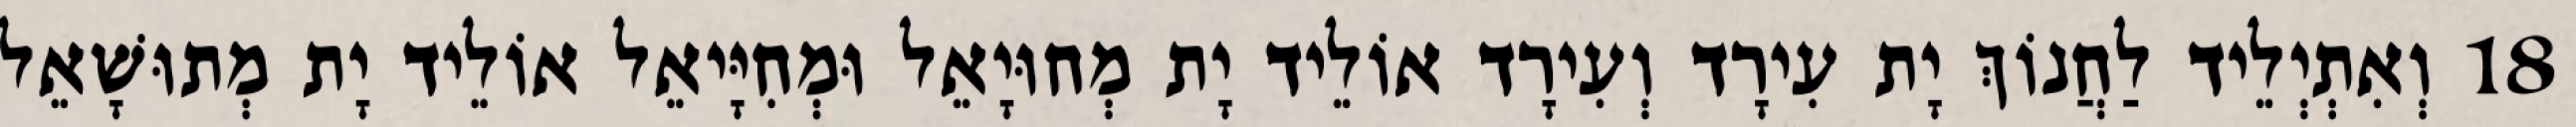
18 וְאִתְיְלֵיד לַחֲנוֹךְ יָת עִירָד וְעִירָד אוֹלֵיד יָת מְחוּיָאֵל וּמְחִיָּיאֵל אוֹלֵיד יָת מְתוּשָׁאֵל